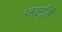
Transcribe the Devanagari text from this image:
जलहिं